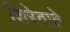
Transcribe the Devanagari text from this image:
शिरेवाटे